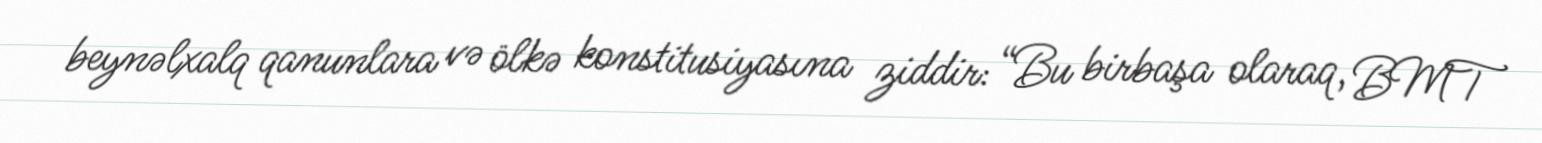
beynəlxalq qanunlara və ölkə konstitusiyasına ziddir: “Bu birbaşa olaraq, BMT